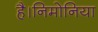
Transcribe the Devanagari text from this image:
है।निमोनिया